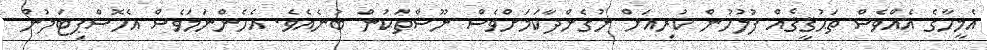
އެމީހާގެ އެއްވެސް ތަޙުޤީޤެއް ފުލުހުން ކުރިއަށް ނުގެންދާކަމަށްވެސް ނޫސްތަކުން ބުނެއެވެ. އެހެންނަމަވެސް އެހޮސްޕިޓަލުން